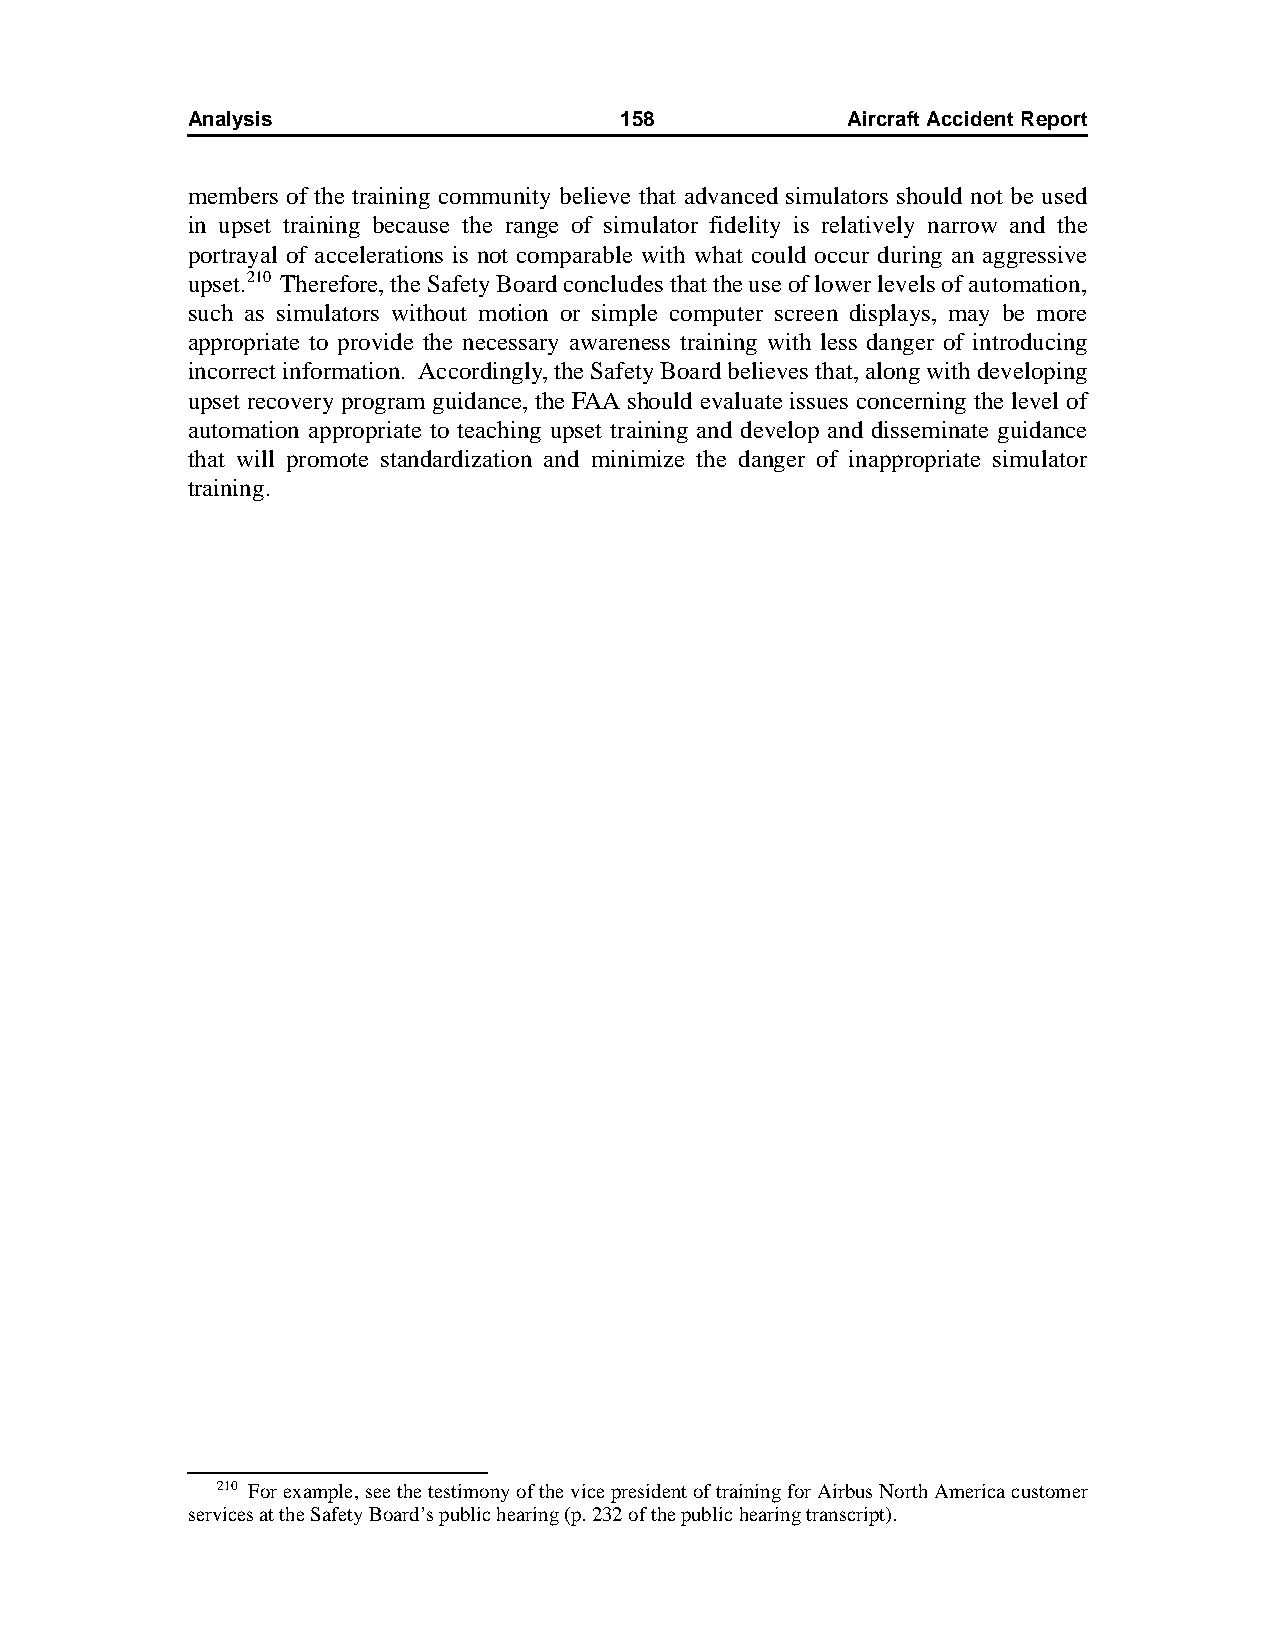
Analysis                     158            AircraftAccidentReport
 members of the training community believe that advanced simulators should not be used
 in upset training because the range of simulator fidelity is relatively narrow and the
 portrayal of accelerations is not comparable with what could occur during an aggressive
 upset.210 Therefore, the Safety Board concludes that the use of lower levels of automation,
 such as simulators without motion or simple computer screen displays, may be more
 appropriate to provide the necessary awareness training with less danger of introducing
 incorrect information. Accordingly, the Safety Board believes that, along with developing
 upset recovery program guidance, the FAA should evaluate issues concerning the level of
 automation appropriate to teaching upset training and develop and disseminate guidance
 that will promote standardization and minimize the danger of inappropriate simulator
 training.
 210 For example, see the testimony of the vice president of training for Airbus North America customer
 services at the Safety Board’s public hearing (p. 232 of the public hearing transcript).